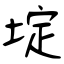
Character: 埞